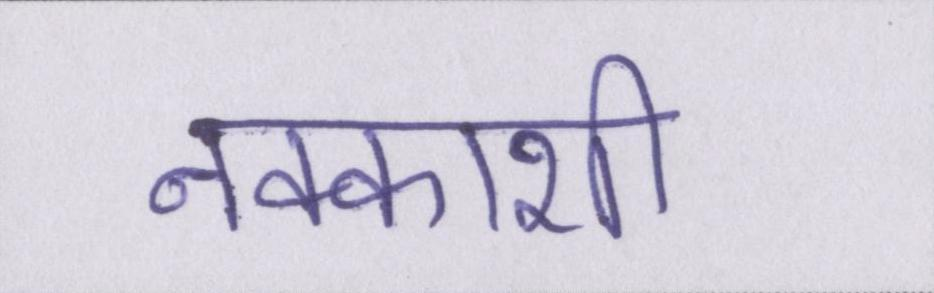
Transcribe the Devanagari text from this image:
नक्काशी